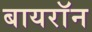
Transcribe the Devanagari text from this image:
बायराॅन